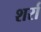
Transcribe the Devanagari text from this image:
शर्रा